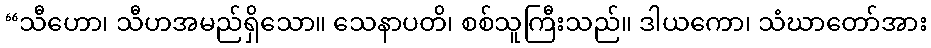
“သီဟော၊ သီဟအမည်ရှိသော။ သေနာပတိ၊ စစ်သူကြီးသည်။ ဒါယကော၊ သံဃာတော်အား